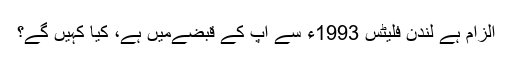
الزام ہے لندن فلیٹس 1993ء سے آپ کے قبضےمیں ہے، کیا کہیں گے؟